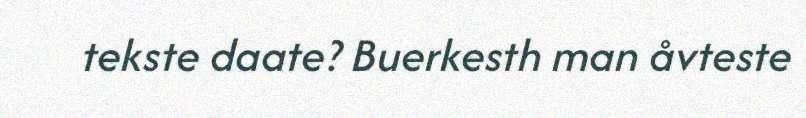
tekste daate? Buerkesth man åvteste